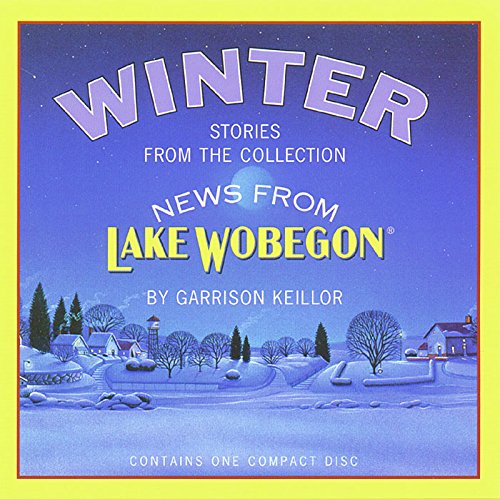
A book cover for Winter: Stories from the Collection News from Lake Wobegon; Garrison Keillor; Humor & Entertainment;